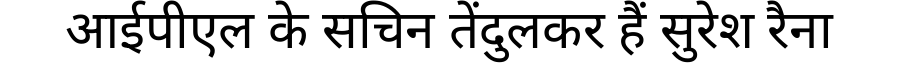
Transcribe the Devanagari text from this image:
आईपीएल के सचिन तेंदुलकर हैं सुरेश रैना